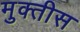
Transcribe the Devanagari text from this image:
मुक्तीस